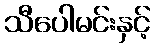
သီပေါမင်းနှင့်